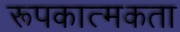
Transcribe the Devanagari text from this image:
रूपकात्मकता